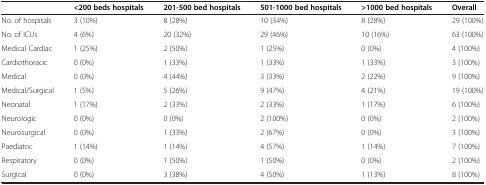
|  | <200 beds hospitals | 201-500 bed hospitals | 501-1000 bed hospitals | >1000 bed hospitals | Overall |
 | --- | --- | --- | --- | --- | --- |
 | No. of hospitals | 3 (10%) | 8 (28%) | 10 (34%) | 8 (28%) | 29 (100%) |
 | No. of ICUs | 4 (6%) | 20 (32%) | 29 (46%) | 10 (16%) | 63 (100%) |
 | Medical Cardiac | 1 (25%) | 2 (50%) | 1 (25%) | 0 (0%) | 4 (100%) |
 | Cardiothoracic | 0 (0%) | 1 (33%) | 1 (33%) | 1 (33%) | 3 (100%) |
 | Medical | 0 (0%) | 4 (44%) | 3 (33%) | 2 (22%) | 9 (100%) |
 | Medical/Surgical | 1 (5%) | 5 (26%) | 9 (47%) | 4 (21%) | 19 (100%) |
 | Neonatal | 1 (17%) | 2 (33%) | 2 (33%) | 1 (17%) | 6 (100%) |
 | Neurologic | 0 (0%) | 0 (0%) | 2 (100%) | 0 (0%) | 2 (100%) |
 | Neurosurgical | 0 (0%) | 1 (33%) | 2 (67%) | 0 (0%) | 3 (100%) |
 | Paediatric | 1 (14%) | 1 (14%) | 4 (57%) | 1 (14%) | 7 (100%) |
 | Respiratory | 0 (0%) | 1 (50%) | 1 (50%) | 0 (0%) | 2 (100%) |
 | Surgical | 0 (0%) | 3 (38%) | 4 (50%) | 1 (13%) | 8 (100%) |